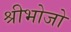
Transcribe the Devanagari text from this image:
श्रीभोजो